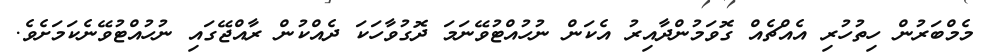
މެމްބަރުން ހިތުހުރި އެއްޗެއް ގޮވަމުންދާއިރު އެކަން ނުހުއްޓުވޭނަމަ ދޮގުވާހަކަ ދެއްކުން ރާއްޖޭގައި ނުހުއްޓުވޭނެކަމަށެވެ.